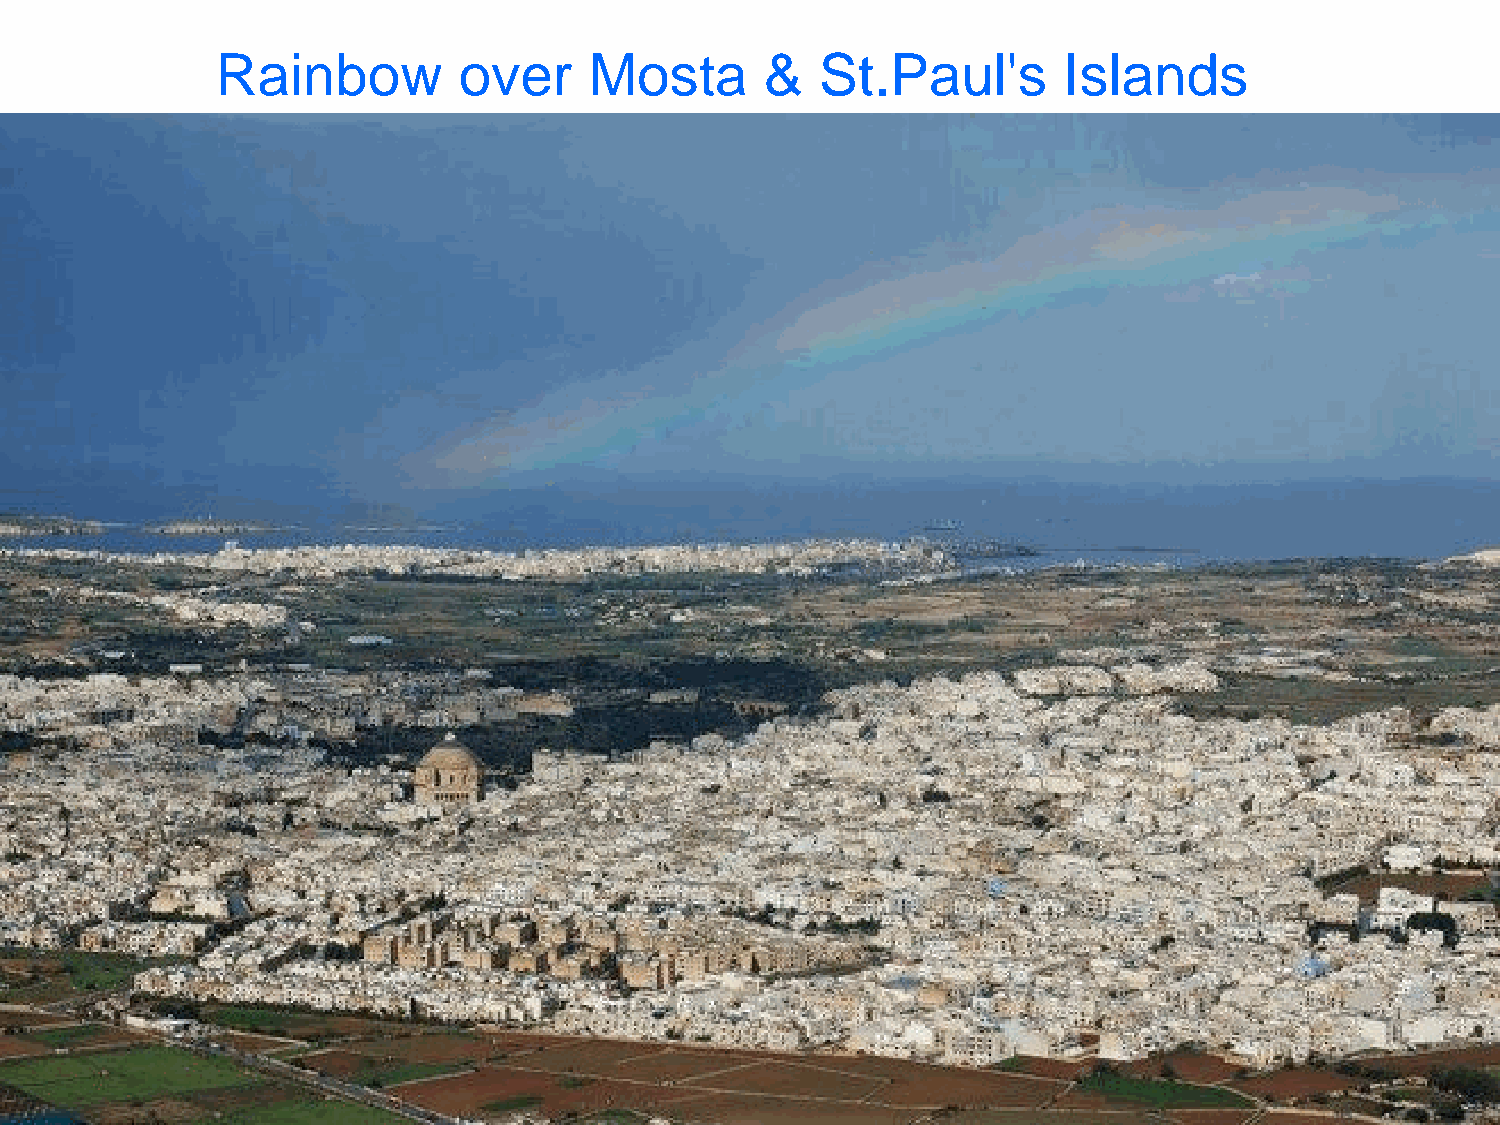
Rainbow         over     Mosta       &  St.Paul's       Islands